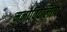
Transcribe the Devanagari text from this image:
मनोविदलिता